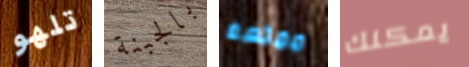
تلهو بالجبنة ممتعه يمكنك